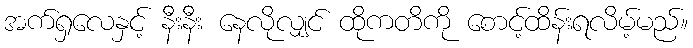
အက်ရှလေနှင့် နီးနီး နေလိုလျှင် ထိုကတိကို စောင့်ထိန်းရလိမ့်မည်။